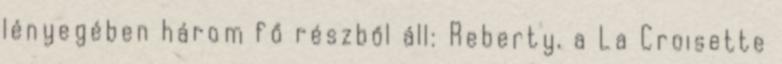
lényegében három fő részből áll: Reberty, a La Croisette